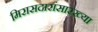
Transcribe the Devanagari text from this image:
मिरासदारांसारख्या